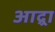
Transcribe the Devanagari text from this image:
आद्र्रा